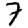
Digit: 7